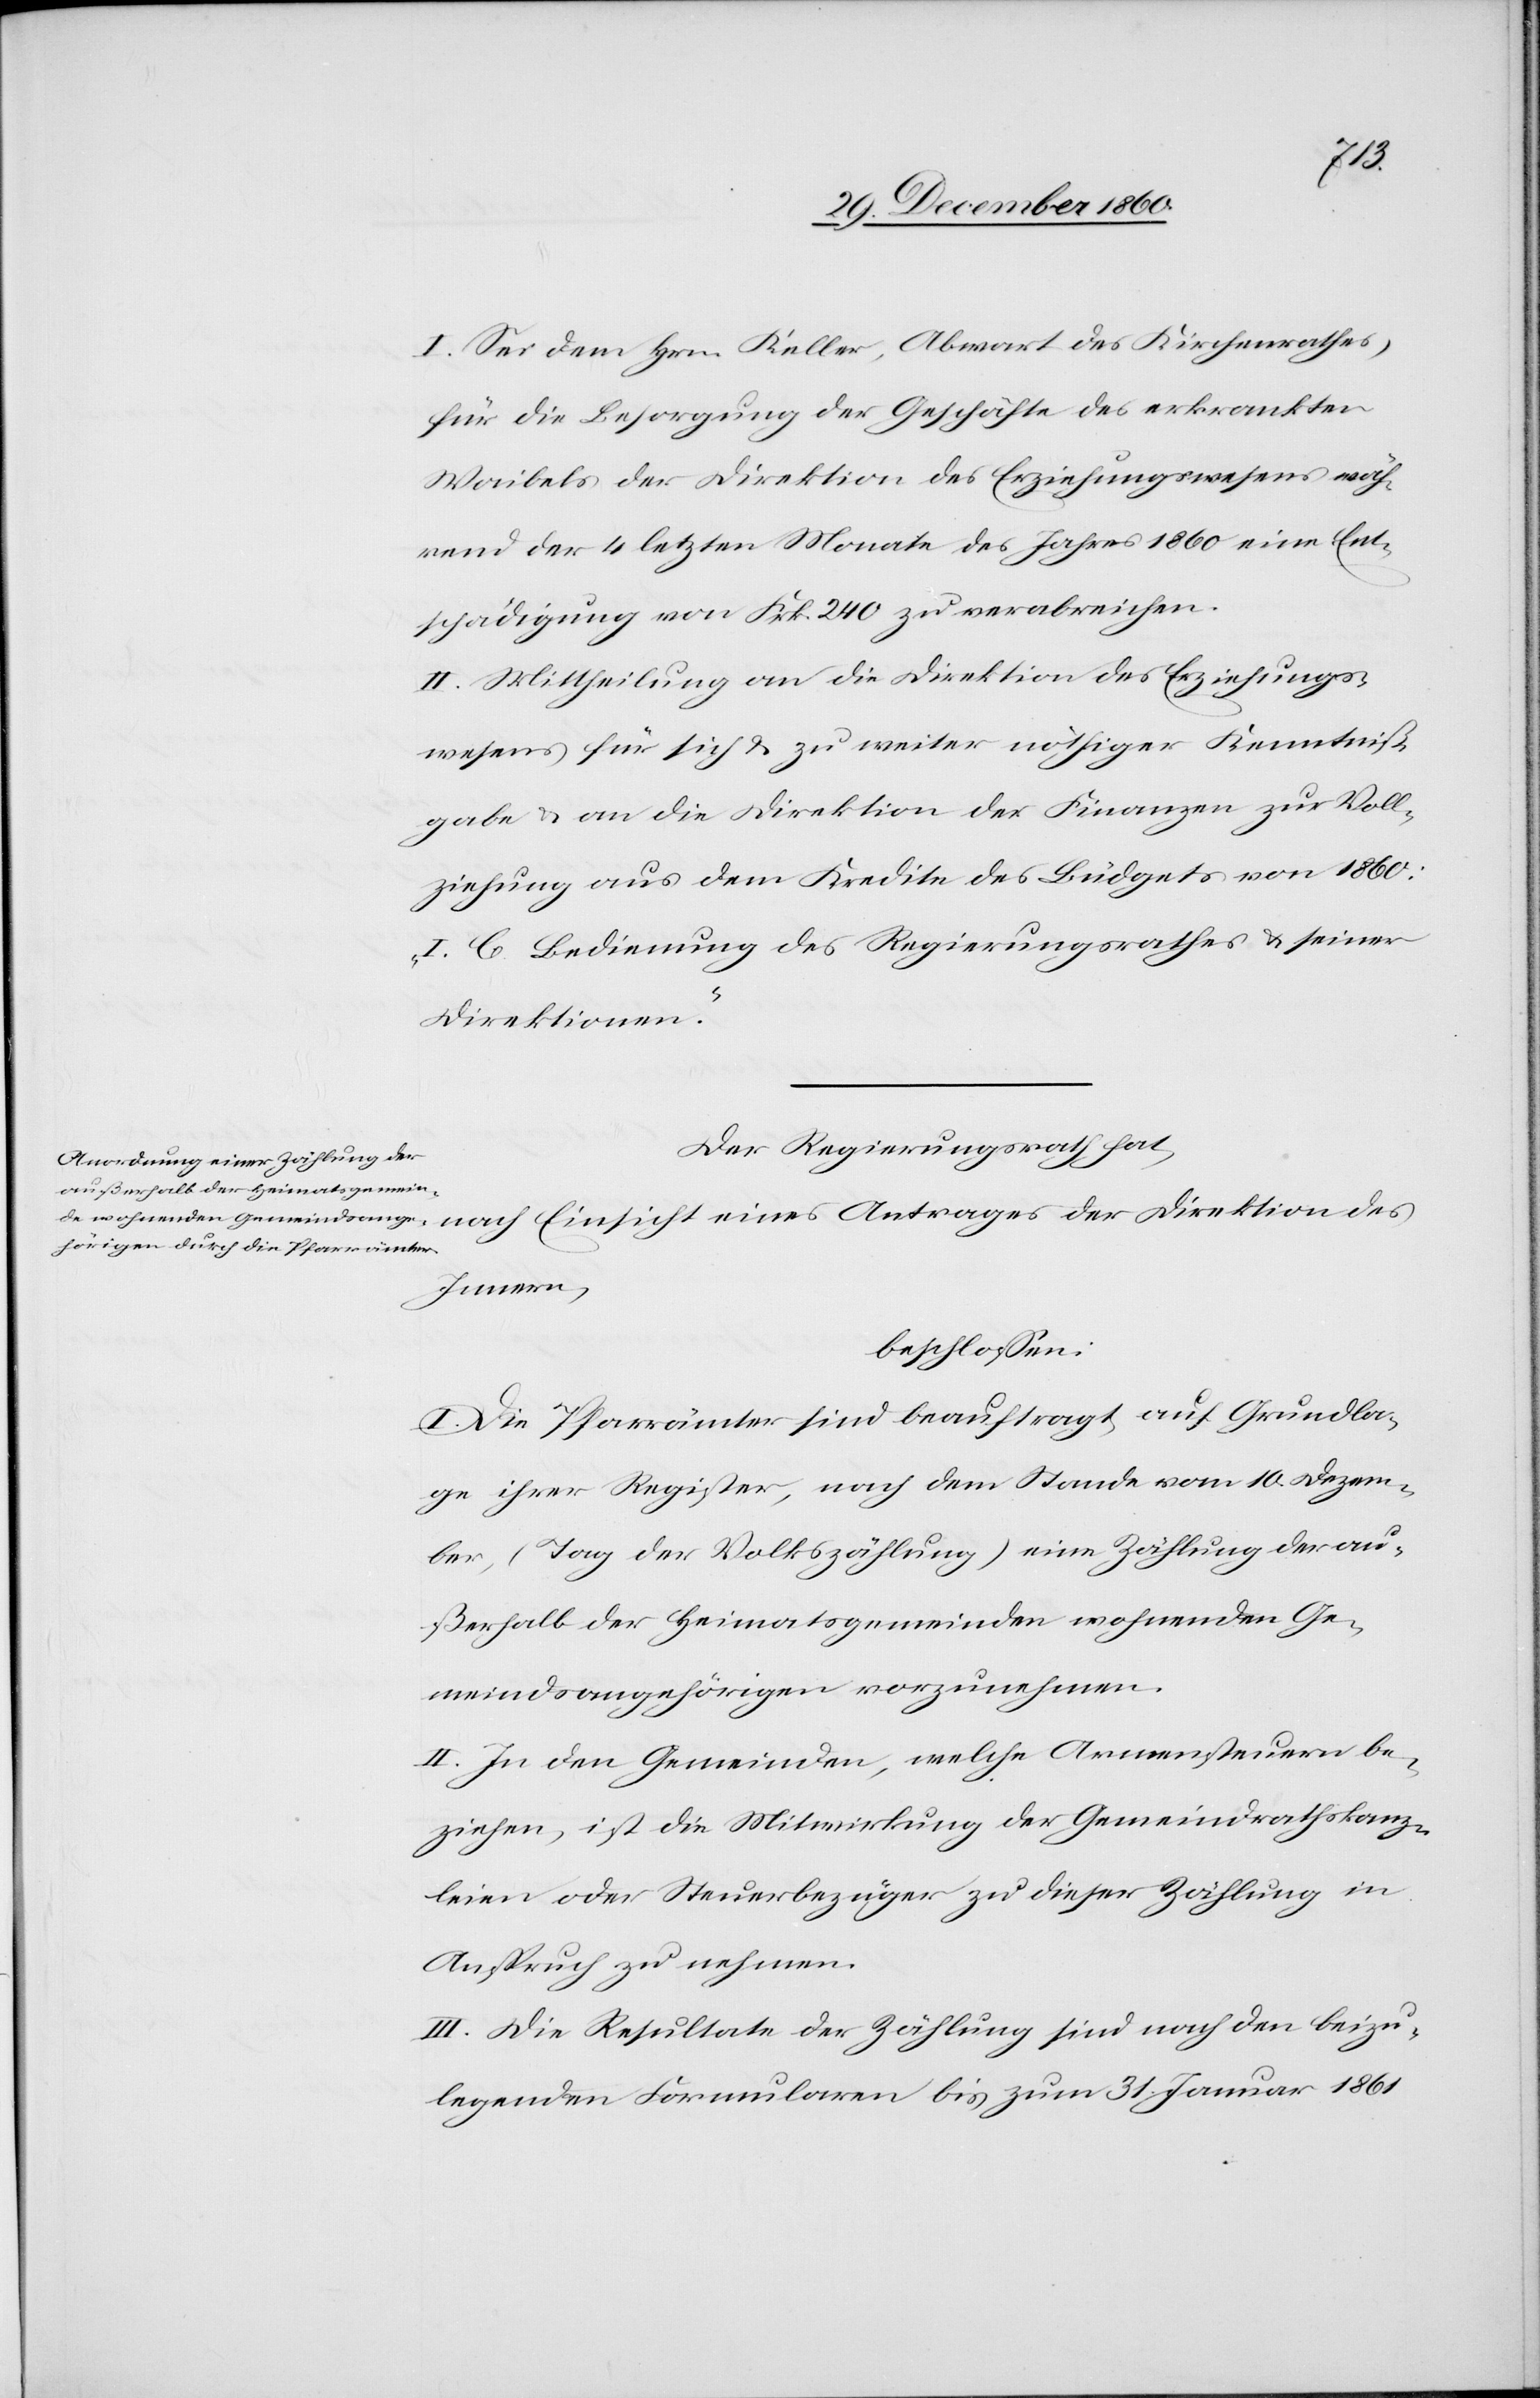
I. Sei dem Hrn. Keller, Abwart des Kirchenrathes,
für die Besorgung der Geschäfte des erkrankten
Waibels der Direktion des Erziehungswesens wäh¬
rend der 4 letzten Monate des Jahres 1860 eine Ent¬
schädigung von Frk. 240 zu verabreichen.
II. Mittheilung an die Direktion des Erziehungs¬
wesens für sich u. zu weiter nöthiger Kenntniß¬
gabe u. an die Direktion der Finanzen zur Voll¬
ziehung aus dem Kredite des Büdgets von 1860:
„I. C. Bedienung des Regierungsrathes u. seiner
Direktionen.“
Der Regierungsrath hat,
Innern,
beschlossen:
I. Die Pfarrämter sind beauftragt, auf Grundla¬
ge ihrer Register, nach dem Stande vom 10. Dezem¬
ber, (Tag der Volkszählung) eine Zählung der au¬
ßerhalb der Heimatsgemeinden wohnenden Ge¬
meindsangehörigen vorzunehmen.
II. In den Gemeinden, welche Armensteuern be¬
ziehen, ist die Mitwirkung der Gemeindrathskanz¬
leien oder Steuerbezüger zu dieser Zählung in
Anspruch zu nehmen.
III. Die Resultate der Zählung sind nach den beizu¬
legenden Formularen bis zum 31. Januar 1861